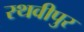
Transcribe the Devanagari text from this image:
रथवीपुर